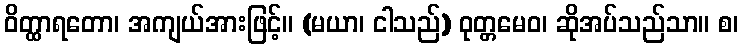
ဝိတ္ထာရတော၊ အကျယ်အားဖြင့်။ (မယာ၊ ငါသည်) ဝုတ္တမေဝ၊ ဆိုအပ်သည်သာ။ စ၊